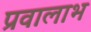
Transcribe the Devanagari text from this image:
प्रवालाभ